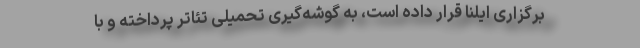
برگزاری ایلنا قرار داده است، به گوشه‌گیری تحمیلی تئاتر پرداخته و با